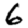
Digit: 6